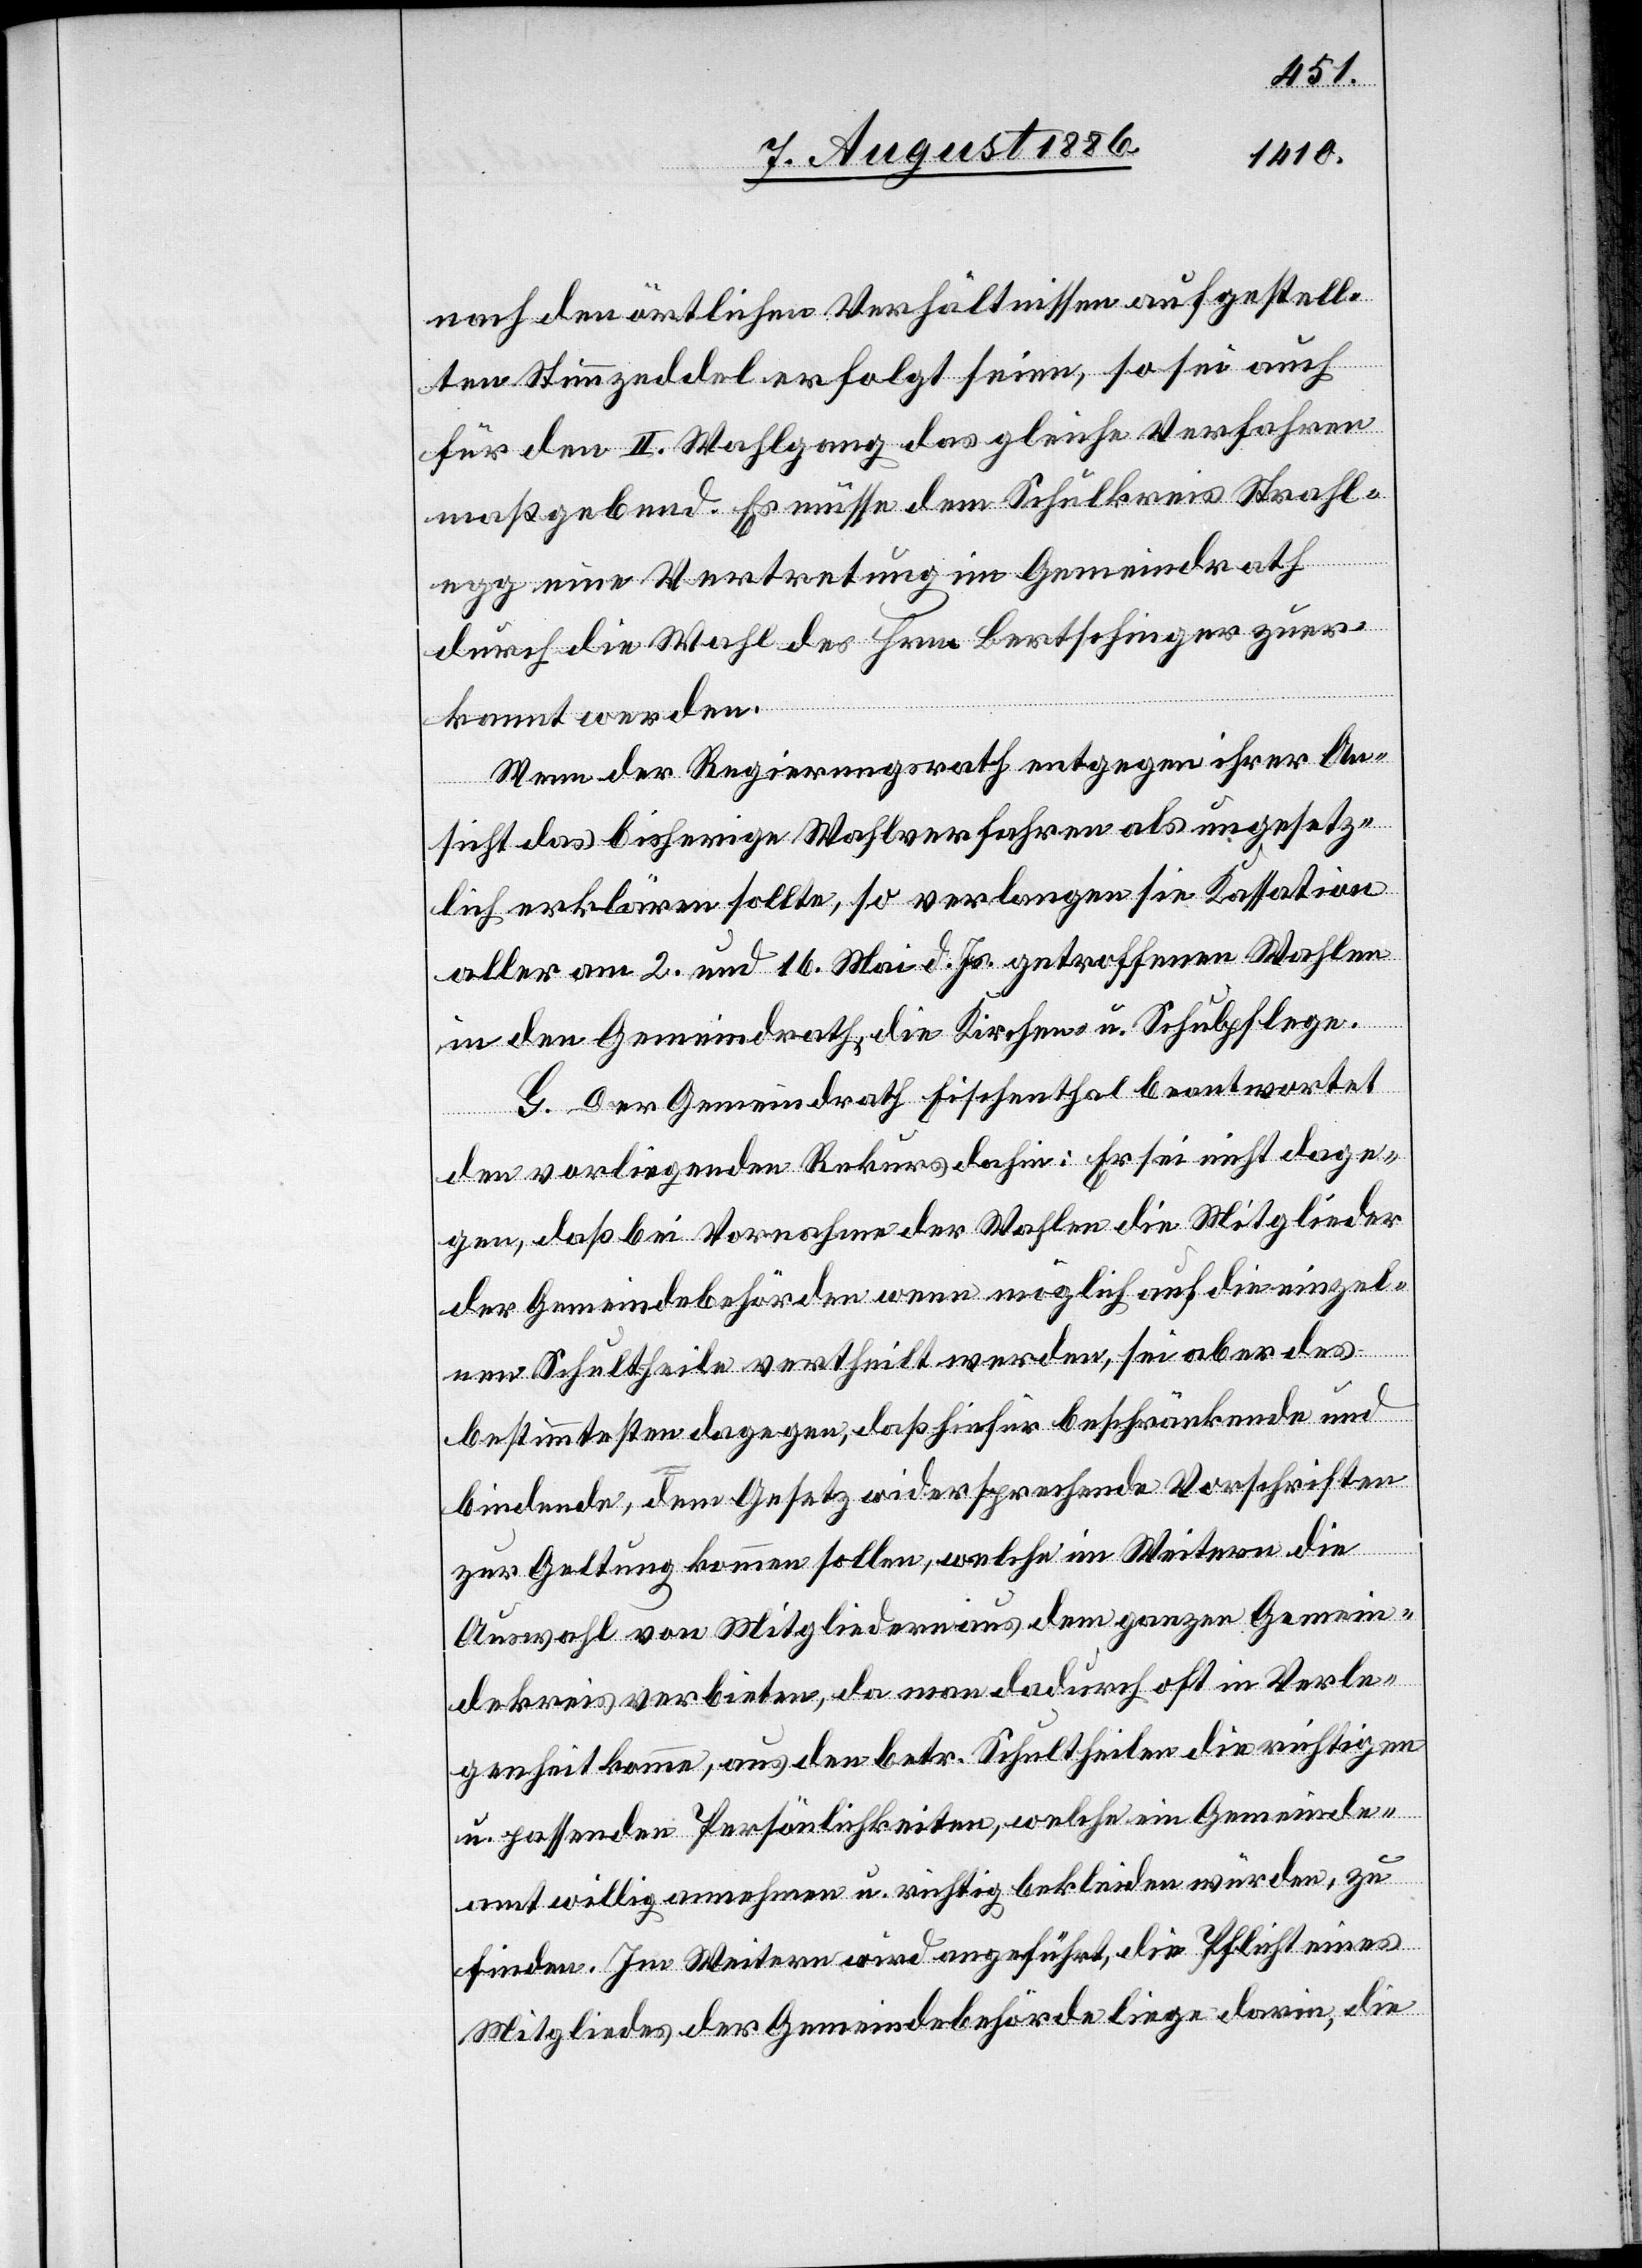
nach den örtlichen Verhältnissen aufgestell¬
ten Stimmzeddel erfolgt seien, so sei auch
für den II. Wahlgang das gleiche Verfahren
maßgebend. Es müsse dem Schulkreis Strahl¬
egg eine Vertretung im Gemeindrath
durch die Wahl des Hrn. Bertschinger zuer¬
kannt werden.
Wenn der Regierungsrath entgegen ihrer An¬
sicht das bisherige Wahlverfahren als ungesetz¬
lich erklären sollte, so verlangen sie Kassation
aller am 2. und 16. Mai d. Js. getroffenen Wahlen
in den Gemeindrath, die Kirchen- u. Schulpflege.
G. Der Gemeindrath Fischenthal beantwortet
den vorliegenden Rekurs dahin: Er sei nicht dage¬
gen, daß bei Vornahme der Wahlen die Mitglieder
der Gemeindebehörden wenn möglich auf die einzel¬
nen Schultheile vertheilt werden, sei aber des
bestimmtesten dagegen, daß hiefür beschränkende und
bindende, dem Gesetz widersprechende Vorschriften
zur Geltung kommen sollen, welche im Weitern die
Auswahl von Mitgliedern aus dem ganzen Gemein¬
dekreis verbieten, da man dadurch oft in Verle¬
genheit komme, aus den betr. Schultheilen die richtigen
u. passenden Persönlichkeiten, welche ein Gemeinde¬
amt willig annehmen u. richtig bekleiden würden, zu
finden. Im Weitern wird angeführt, die Pflicht eines
Mitgliedes der Gemeindebehörde liege darin, die